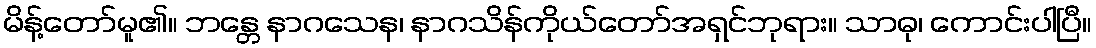
မိန့်တော်မူ၏။ ဘန္တေ နာဂသေန၊ နာဂသိန်ကိုယ်တော်အရှင်ဘုရား။ သာဓု၊ ကောင်းပါပြီ။